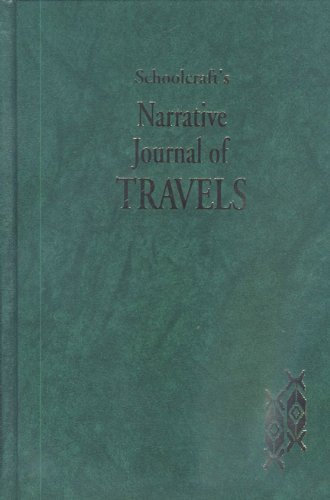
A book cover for Schoolcraft's Narrative Journal of Travels; Travel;